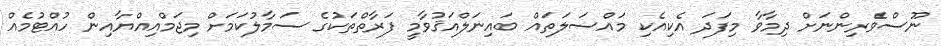
ނޫސްވެރިންނަށް ދިމާވާ މިފަދަ އެކިއެކި މައްސަލަތައް ބައިނަލްއަޤުވާމީ ފަރާތްތަކުގެ ސަމާލުކަމަށް މިޖަމްއިއްޔާއިން ހުއްޓުމެއް